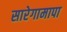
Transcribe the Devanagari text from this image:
सारेगामापा